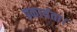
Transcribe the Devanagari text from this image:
प्रकार्यता।